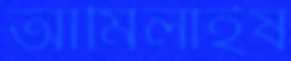
আমিলাইষ